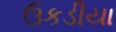
ઉકડીયા